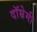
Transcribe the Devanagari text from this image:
दॉम्रेमी